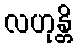
လဟုန္တိ